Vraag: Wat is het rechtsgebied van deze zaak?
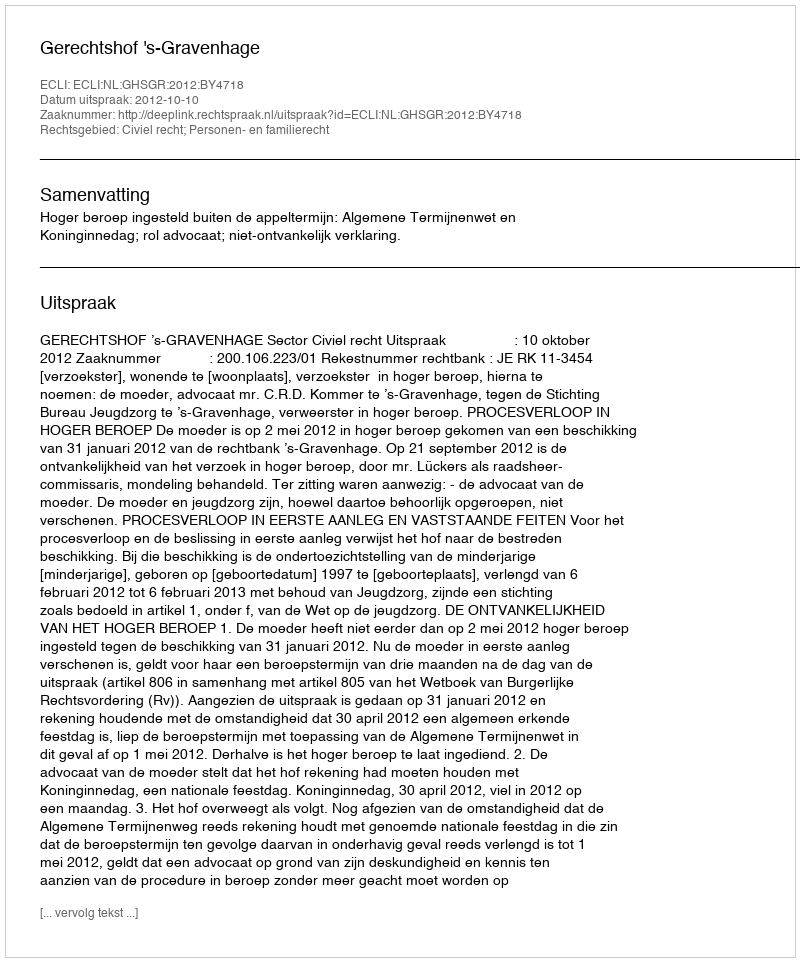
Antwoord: Civiel recht; Personen- en familierecht